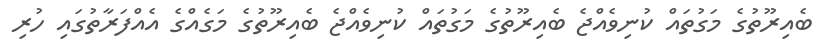
ބެއިރޫތުގެ މަގުތައް ކުނިވެއްޖެ ބެއިރޫތުގެ މަގުތައް ކުނިވެއްޖެ ބެއިރޫތުގެ މަގެއްގެ އެއްފަރާތުގައި ހުރި